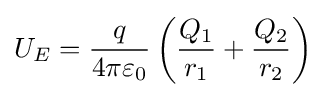
U_{E}={\frac {q}{4\pi \varepsilon _{0}}}\left({\frac {Q_{1}}{r_{1}}}+{\frac {Q_{2}}{r_{2}}}\right)